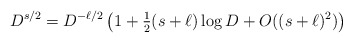
\begin{align*} D^{s/2}= D^{-\ell/2} \left(1+\tfrac{1}{2}(s+\ell)\log D + O((s+\ell)^2)\right)\end{align*}